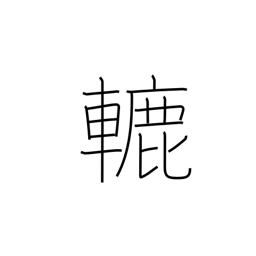
Meaning: roller